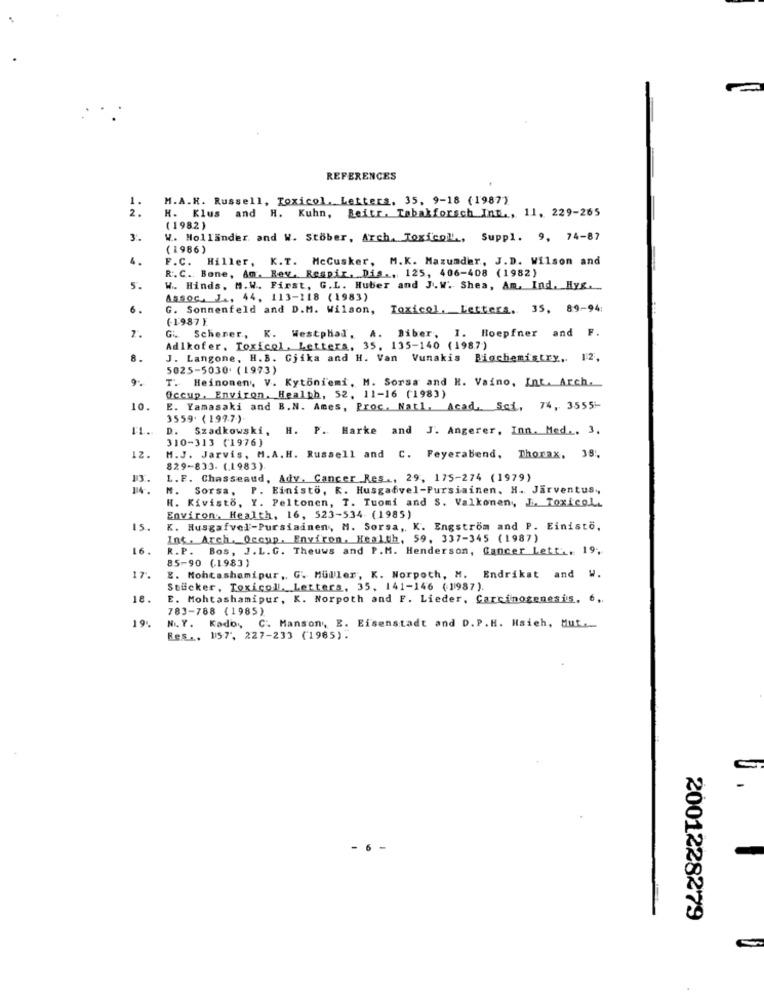
REFERENCES
1.
M.A.H. Russell, Toxicol. Letters. 35, 9-18 (1987)
2 .
H. Klus and H. Kuhn, Beitr. Tabakforsch Int ., 11, 229-265
( 1982 )
3.
W. Holländer, and W. Stöber, Arch. Toxicol ., Suppl. 9, 74-87
(1986)
F.C. Hiller, K.T. McCusker, M.K. Mazumder, J.D. Wilson and
R. C .. Bone, Am. Rev. Respir. Dis ., 125, 406-408 (1982)
5.
W .. Hinds, M.W. First, G.L. Huber and J.W. Shea, Am. Ind. Hyg.
Assoc. J ., 44, 113-118 (1983)
6.
G. Sonnenfeld and D.M. Wilson, Toxicol, Letters. 35, 89-94:
(1987 ).
Gi. Scherer, K. Westphal, A. Biber, I. Hoepfner and F.
Adlkofer. Toxicol, Letters, 35. 135-140 (1987)
8.
J. Langone, H.B. Cjika and H. Van Vunakis Biochemistry, 12,
5025-5030. (1973)
9.
T. Heinonen, V. Kytoniemi, M. Sorsa and H. Vaino, Int. Arch.
Occup, Environ. Health, 52, 11-16 (1983)
10.
E. Yamasaki and B.N. Ames, Proc. Natl, Acad Sci, 74, 3555-
3559. ( 199.7.).
D. Szadkowski, H. P. Harke and J. Angerer, Inn. Med .. 3.
310-313 (1976)
12.
M.J. Jarvis, M.A. H. Russell and C. Feyerabend, Thorax, 38,
829-833- (.1983).
L. F. Chasseaud, Adv. Cancer Res ., 29, 175-274 (1979)
14 ..
M. Sorsa, P. Einisto, K. Husgadvel-Pursiainen. H. Jarventus .,
H. Kivisto, Y. Peltonen, T. Tuomi and S. Valkonen, L. Toxicol.
Environ: Health, 16, 523-534 (1985)
15.
K. Husgafvel-Pursiainen, M. Sorsa ,, K. Engstrom and P. Einisto.
Int. Arch. Occup, Environ, Health, 59, 337-345 (1987)
16.
R. P.
Bos, J.L.G. Theuws and P.M. Henderson, Cancer Lett ., 19,
85-90 (1983)
E. Mohtashamipur , G. Muller, K. Norpoth, M. Endrikat and W.
Stacker, Toxicoll. Letters, 35, 141-146 (1987).
18.
E. Mohtashamipur, K. Norpoth and F. Lieder, Carcinogenesis, 6 ,,
783-788 (1985)
19.
Nu. Y. Kado, C. Manson, E. Eisenstadt and D. P.H. Hsieh, Mut ..
Res ., 157. 227-233 (1985).
2001228279